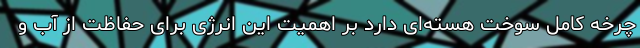
چرخه کامل سوخت هسته‌ای دارد بر اهمیت این انرژی برای حفاظت از آب و